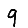
Digit: 9